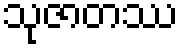
သုဇာတဿ